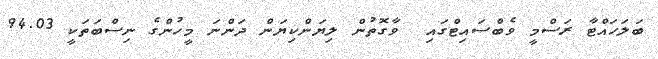
ބަލަހައްޓާ ރަސްމީ ވެބްސައިޓްގައި  ވާގޮތުން ލިޔަންކިޔަން ދަންނަ މީހުންގެ ނިސްބަތަކީ 94.03